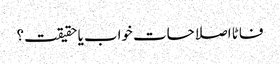
فاٹا اصلاحات خواب یا حقیقت؟